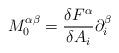
LaTeX: \begin{align*}M^{\alpha \beta }_{0}=\frac{\delta F^{\alpha }}{\delta A_{i}}\partial _{i}^{\beta }\end{align*}